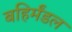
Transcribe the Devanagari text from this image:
बहिर्मंडल